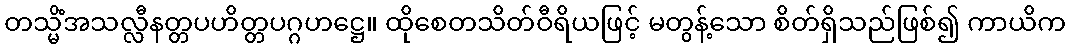
တသ္မိံအသလ္လီနတ္တပဟိတ္တပဂ္ဂဟဋ္ဌေ။ ထိုစေတသိတ်ဝီရိယဖြင့် မတွန့်သော စိတ်ရှိသည်ဖြစ်၍ ကာယိက